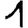
Digit: 1